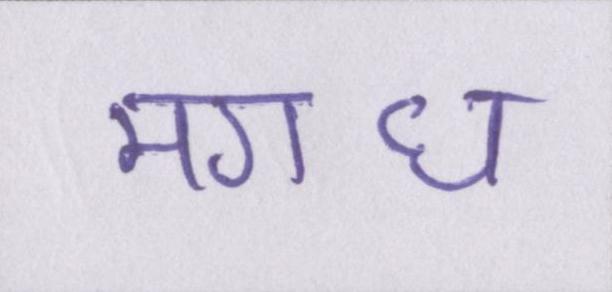
मगध